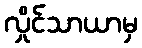
လှိုင်သာယာမှ